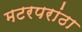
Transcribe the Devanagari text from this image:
मटरपरांठा